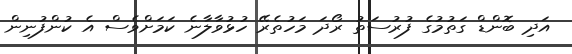
އަދި ބޮންޑް ގަތުމުގެ ފުރުސަތު ރޯދަ މަހުތެރޭ ހުޅުވާލާނެ ކަމަށްވެސް އެ ކުންފުނިން